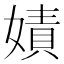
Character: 嫧